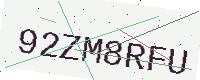
Text: 92ZM8RFU